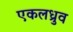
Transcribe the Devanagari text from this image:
एकलध्रुव